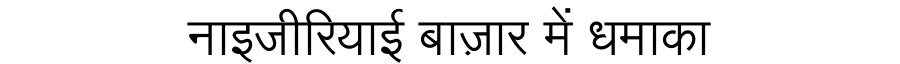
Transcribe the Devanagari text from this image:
नाइजीरियाई बाज़ार में धमाका